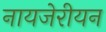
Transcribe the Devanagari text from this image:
नायजेरीयन